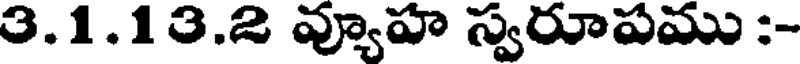
3.1.13.2 వ్యూహ స్వరూపము :-